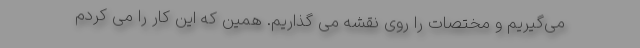
می‌گیریم و مختصات را روی نقشه می گذاریم. همین که این کار را می کردم